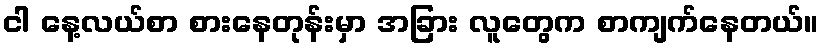
ငါ နေ့လယ်စာ စားနေတုန်းမှာ အခြား လူတွေက စာကျက်နေတယ်။